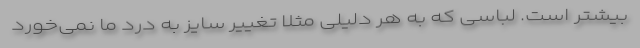
بیشتر است. لباسی که به هر دلیلی مثلا تغییر سایز به درد ما نمی‌خورد